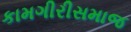
કામગીરીસમાજ